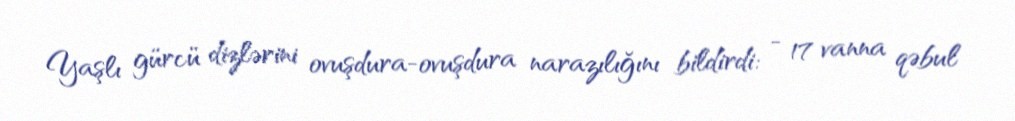
Yaşlı gürcü dizlərini ovuşdura-ovuşdura narazılığını bildirdi: - 17 vanna qəbul